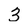
Character: 3